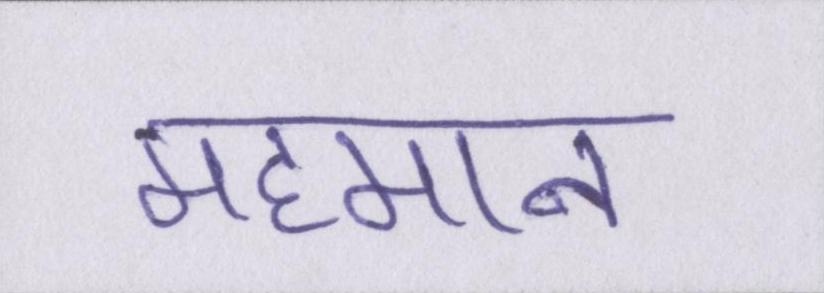
महमान